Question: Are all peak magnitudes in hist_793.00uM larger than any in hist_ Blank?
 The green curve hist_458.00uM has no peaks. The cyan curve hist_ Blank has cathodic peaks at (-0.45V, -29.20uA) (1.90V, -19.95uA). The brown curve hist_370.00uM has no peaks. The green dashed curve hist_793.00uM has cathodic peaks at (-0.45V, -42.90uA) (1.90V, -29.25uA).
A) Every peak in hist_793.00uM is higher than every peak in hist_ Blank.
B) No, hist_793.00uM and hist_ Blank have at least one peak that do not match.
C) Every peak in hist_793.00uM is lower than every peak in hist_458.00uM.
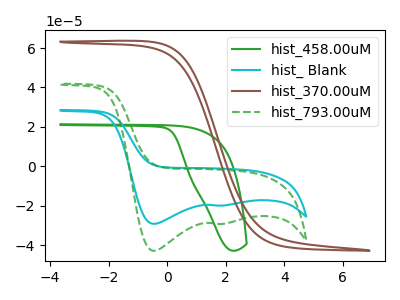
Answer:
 <answer>A) Every peak in "hist_793.00uM" is higher than every peak in "hist_ Blank".</answer>
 <eval>A</eval>